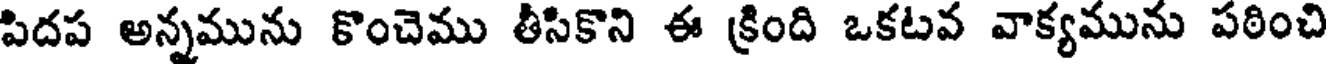
పిదప అన్నమును కొంచెము తీసికొని ఈ క్రింది ఒకటవ వాక్యమును పఠించి